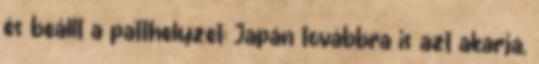
és beállt a patthelyzet: Japán továbbra is azt akarja,